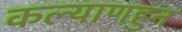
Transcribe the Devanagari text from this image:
कल्याणहुन